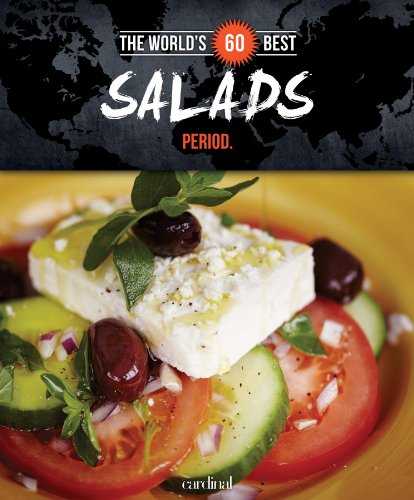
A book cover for The World's 60 Best Salads... Period. (The World's 60 Best Collection); Veronique Paradis; Cookbooks, Food & Wine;